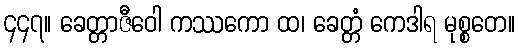
၄၄၇။ ခေတ္တာဇီဝေါ ကဿကော ထ၊ ခေတ္တံ ကေဒါရ မုစ္စတေ။